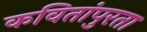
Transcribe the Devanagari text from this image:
कवितांपुरता